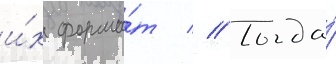
и́х форма́т // Тогда́